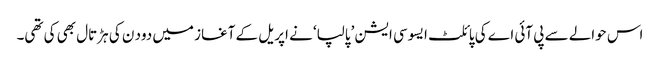
اس حوالے سے پی آئی اے کی پائلٹ ایسوسی ایشن ’پالپا‘ نے اپریل کے آغاز میں دود ن کی ہڑتال بھی کی تھی۔